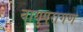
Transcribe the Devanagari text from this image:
वायुपरागण